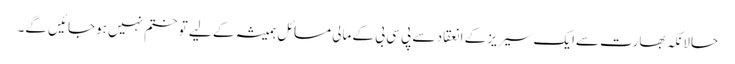
حالانکہ بھارت سےایک سیریز کے انعقاد سے پی سی بی کے مالی مسائل ہمیشہ کے لیے تو ختم نہیں ہوجائیں گے۔